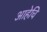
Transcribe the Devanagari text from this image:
आहेचि